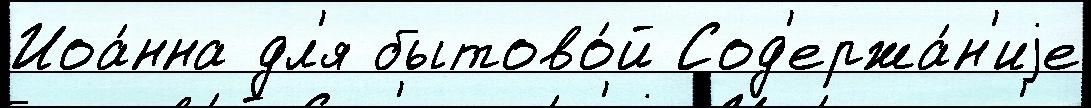
Иоа́нна дл'я бытово́й Сод'ержа́н'иjе